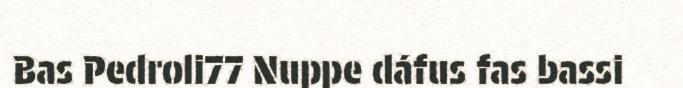
Bas Pedroli77 Nuppe dáfus fas bassi